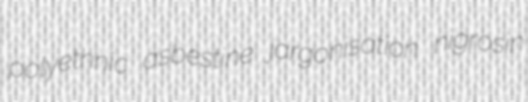
polyethnic asbestine jargonisation nigrosin